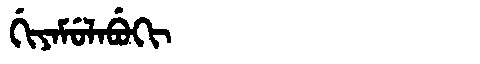
Manchu: ᡤᡳᠶᠠᠮᡠᠯᠠᠪᡠᡴᡳ
Romanization: GIYAMULABUKI